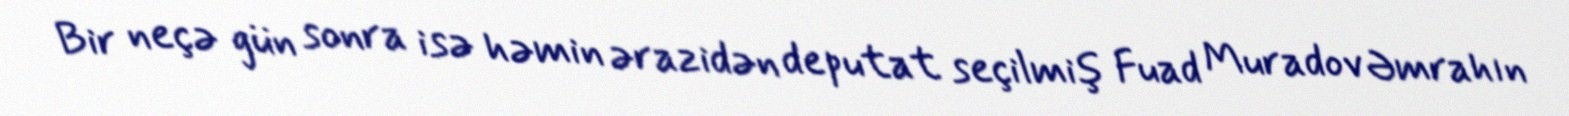
Bir neçə gün sonra isə həmin ərazidən deputat seçilmiş Fuad Muradov Əmrahın